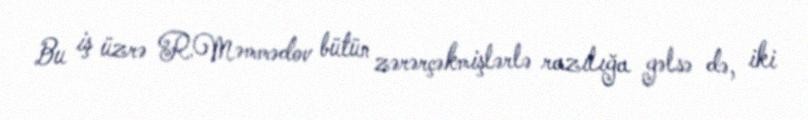
Bu iş üzrə R.Məmmədov bütün zərərçəkmişlərlə razılığa gəlsə də, iki